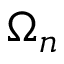
\Omega _ { n }